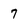
Character: 7